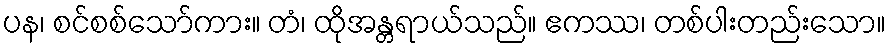
ပန၊ စင်စစ်သော်ကား။ တံ၊ ထိုအန္တရာယ်သည်။ ဧကဿ၊ တစ်ပါးတည်းသော။